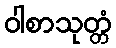
ဝါစာသုတ္တံ